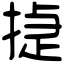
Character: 㨗